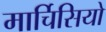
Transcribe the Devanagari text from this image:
मार्चिसियो